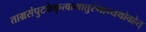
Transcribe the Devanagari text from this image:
ताम्रसंपुटकेकृत्वामातुरंगान्यथोवहेत्